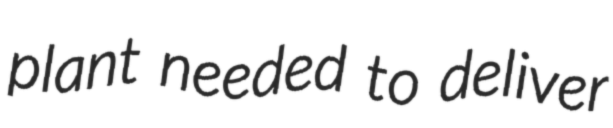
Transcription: plant needed to deliver